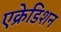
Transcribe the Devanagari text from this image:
एक्रेडिशन